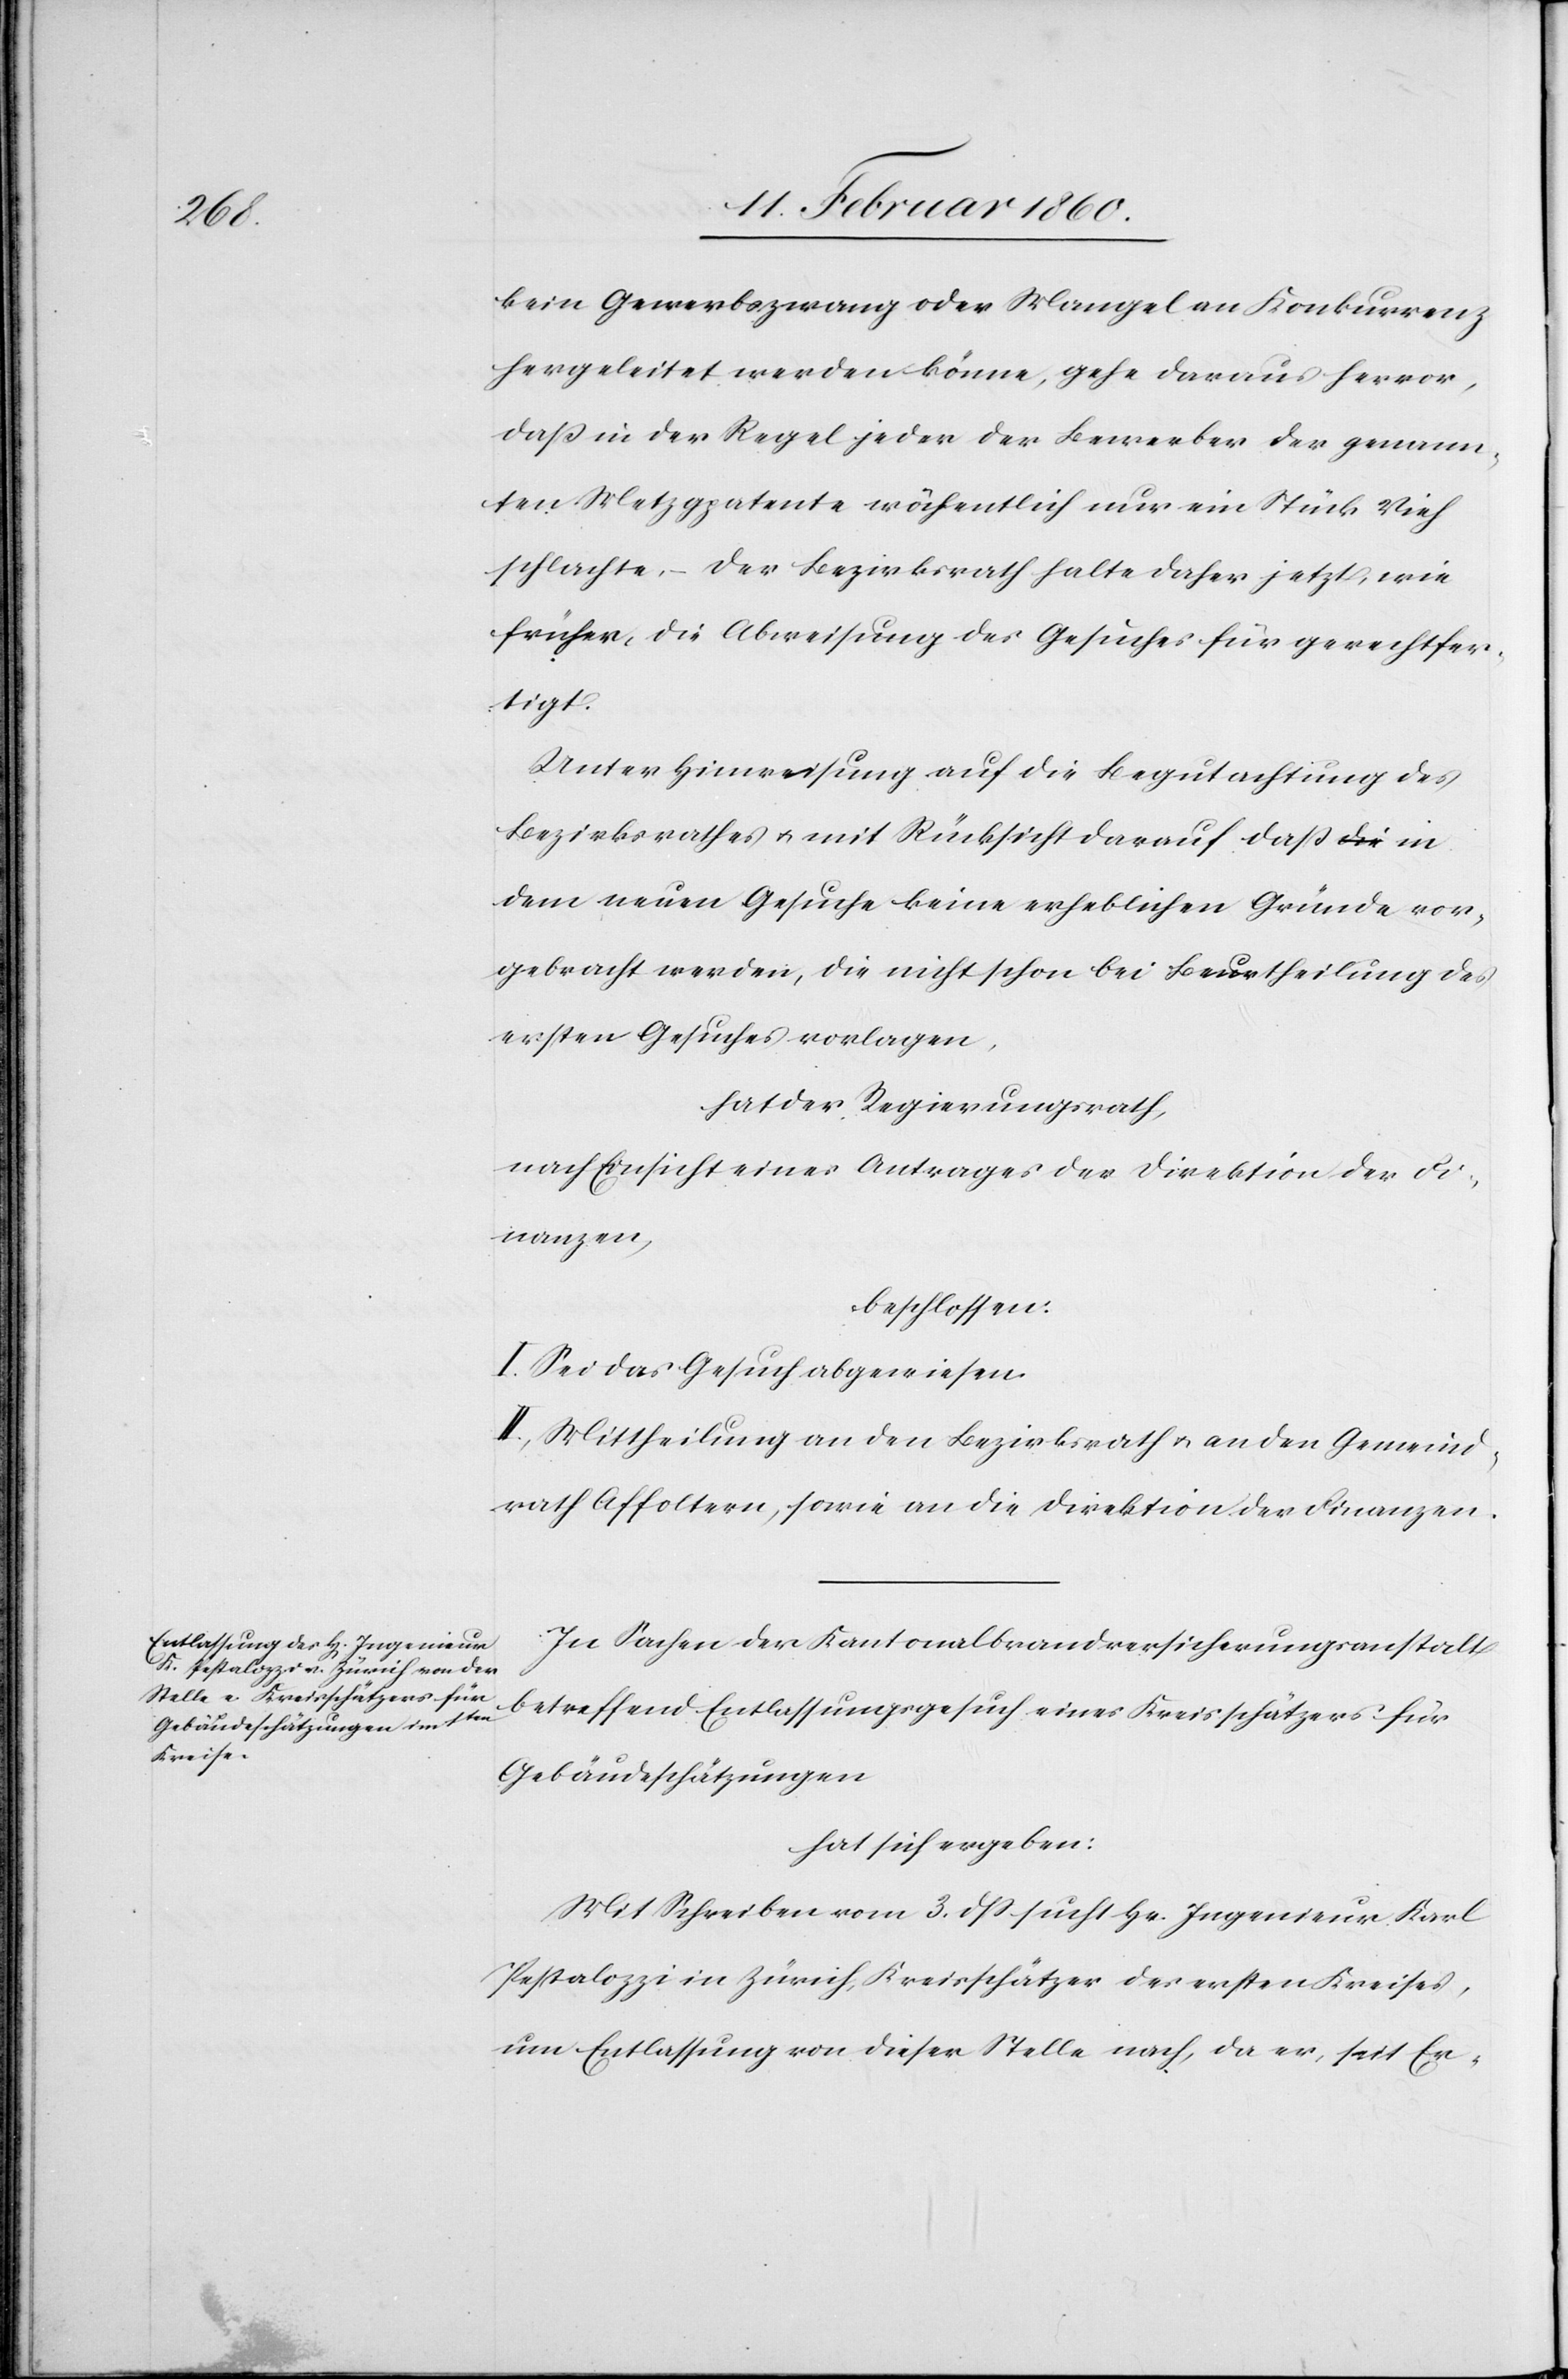
kein Gewerbezwang oder Mangel an Konkurrenz
hergeleitet werden könne, gehe daraus hervor,
dass in der Regel jeder der Bewerber der genann¬
ten Metzpatente wöchentlich nur ein Stück Vieh
schlachte, – der Bezirksrath halte daher jetzt, wie
früher, die Abweisung des Gesuches für gerechtfer¬
tigt.
Unter Hinweisung auf die Begutachtung des
Bezirksrathes u. mit Rücksicht darauf dass in
dem neuen Gesuche keine erheblichen Gründe vor¬
gebracht werden, die nicht schon bei Beurtheilung des
ersten Gesuches vorlagen,
hat der Regierungsrath,
nach Einsicht eines Antrages der Direktion der Fi¬
nanzen,
beschlossen:
I. Sei das Gesuch abgewiesen.
II. Mittheilung an den Bezirksrath u. an den Gemeind¬
rath Affoltern, sowie an die Direktion der Finanzen.
In Sachen der Kantonalbrandversicherungsanstalt
betreffend Entlassungsgesuch eines Kreisschätzers für
Gebäudeschätzungen
hat sich ergeben:
Mit Schreiben vom 3. dß. sucht Hr. Ingenieur Karl
Pestalozzi in Zürich, Kreisschätzer des ersten Kreises,
um Entlassung von dieser Stelle nach, da er, seit Er-